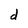
Character: d